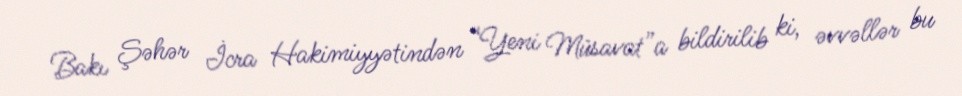
Bakı Şəhər İcra Hakimiyyətindən “Yeni Müsavat”a bildirilib ki, əvvəllər bu